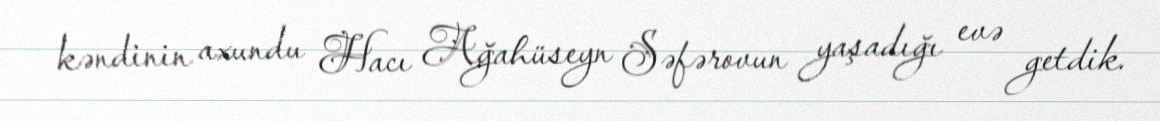
kəndinin axundu Hacı Ağahüseyn Səfərovun yaşadığı evə getdik.